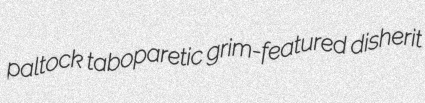
paltock taboparetic grim-featured disherit